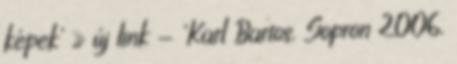
képek' » új link - 'Karl Bartos, Sopron 2006,